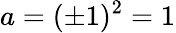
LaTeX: a=(\pm 1)^{2}=1